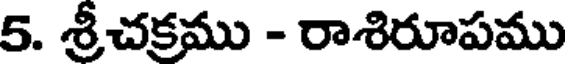
5. శ్రీచక్రము - రాశిరూపము